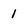
Character: 1